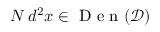
N \, d ^ { 2 } x \in \textrm { D e n } ( \mathcal { D } )